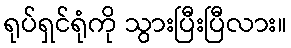
ရုပ်ရှင်ရုံကို သွားပြီးပြီလား။